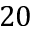
2 0